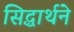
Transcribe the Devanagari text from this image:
सिद्धार्थने